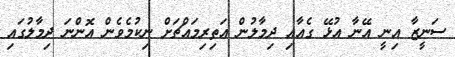
ސަނީޒާ އިނީ އޭނާ އުޅޭ ގެއާއި ދިމާލުން އަތިރިމައްޗަށް ނިކުމެވެން އޮންނަ ދިމާލުގައި